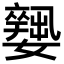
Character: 𡣼